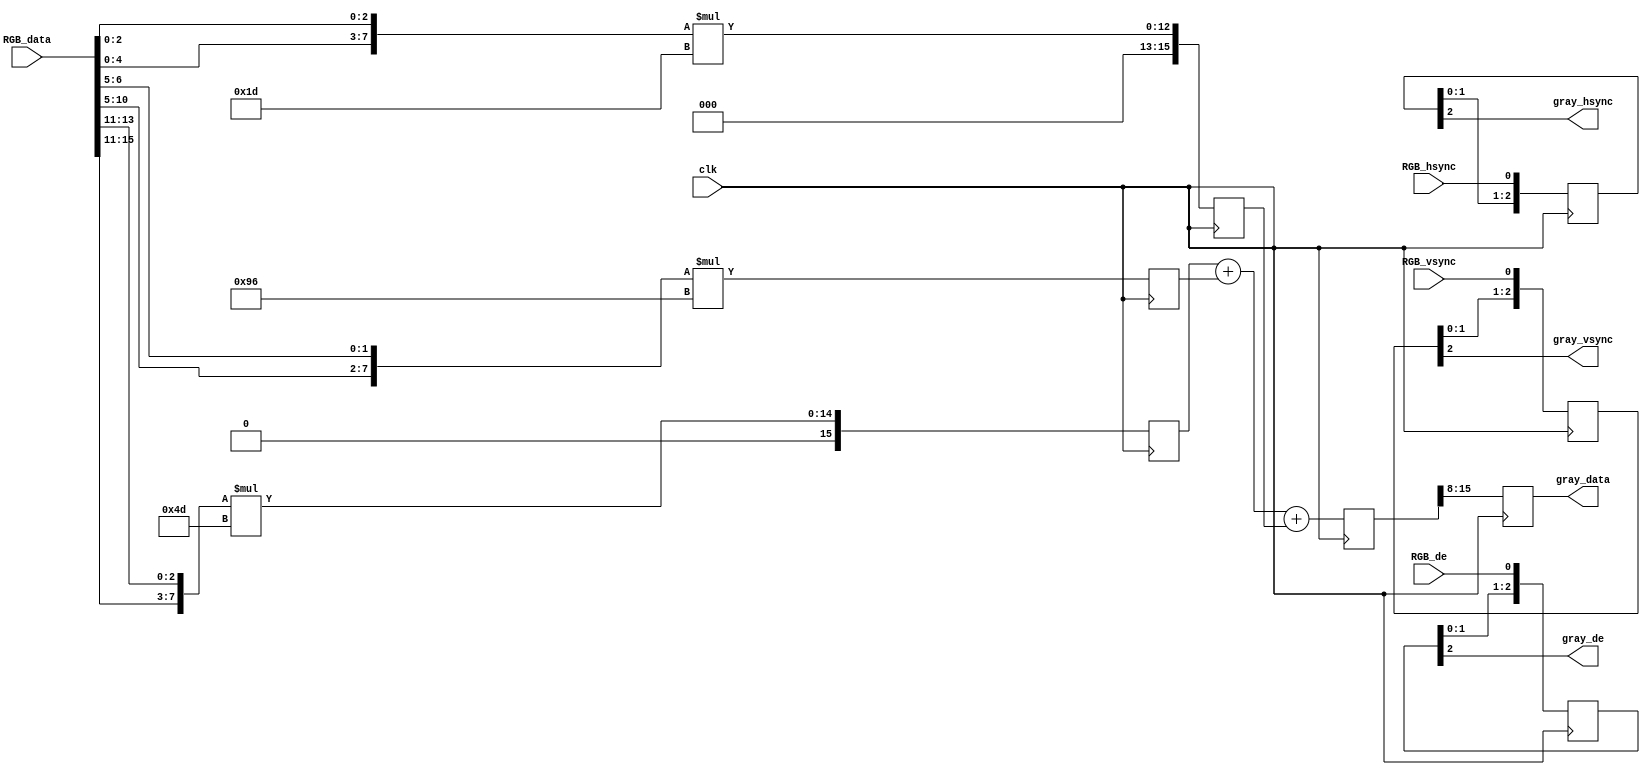
module YCbCr(
    input                               clk                        ,
    input                               RGB_de,RGB_hsync,RGB_vsync ,
    input              [  15:0]         RGB_data                   ,//  RGB565格式
    output                              gray_de,gray_hsync,gray_vsync,
    output             [   7:0]         gray_data                   
);

wire                   [   7:0]         R0,G0,B0                   ;
reg                    [  15:0]         R1,G1,B1,R2,G2,B2,R3,G3,B3 ;
reg                    [  15:0]         Y1,Cb1,Cr1                 ;
reg                    [   7:0]         Y2,Cb2,Cr2                 ;

assign R0 = {RGB_data[15:11],RGB_data[13:11]};                      //  R8
assign G0 = {RGB_data[10: 5],RGB_data[ 6: 5]};                      //  G8
assign B0 = {RGB_data[ 4: 0],RGB_data[ 2: 0]};                      //  B8
// assign gray_data = {Y2[7:3],Y2[7:2],Y2[7:3]}; //只取Y分量给RGB565格式
assign gray_data = Y2;

always @(posedge clk) begin
    {R1,G1,B1} <= { {R0 * 16'd77},  {G0 * 16'd150}, {B0 * 16'd29 } };
    {R2,G2,B2} <= { {R0 * 16'd43},  {G0 * 16'd85},  {B0 * 16'd128} };
    {R3,G3,B3} <= { {R0 * 16'd128}, {G0 * 16'd107}, {B0 * 16'd21 } };
end

always @(posedge clk) begin
    Y1  <= R1 + G1 + B1;
    Cb1 <= B2 - R2 - G2 + 16'd32768;                                //  128扩大256倍
    Cr1 <= R3 - G3 - B3 + 16'd32768;                                //  128扩大256倍
end

always @(posedge clk) begin
    Y2  <= Y1[15:8];
    Cb2 <= Cb1[15:8];
    Cr2 <= Cr1[15:8];
end
//==========================================================================
//==    信号同步(打三拍)
//==========================================================================
always @(posedge clk) begin
    RGB_de_r    <= {RGB_de_r[1:0],    RGB_de};
    RGB_hsync_r <= {RGB_hsync_r[1:0], RGB_hsync};
    RGB_vsync_r <= {RGB_vsync_r[1:0], RGB_vsync};
end

reg                    [   2:0]         RGB_de_r,RGB_hsync_r,RGB_vsync_r;

assign gray_de    = RGB_de_r[2];
assign gray_hsync = RGB_hsync_r[2];
assign gray_vsync = RGB_vsync_r[2];


endmodule